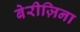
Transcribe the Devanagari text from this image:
बेरीज़िना